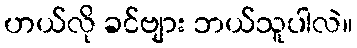
ဟယ်လို ခင်ဗျား ဘယ်သူပါလဲ။